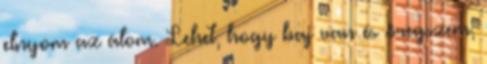
elnyom az álom. Lehet, hogy baj van és öregszem;